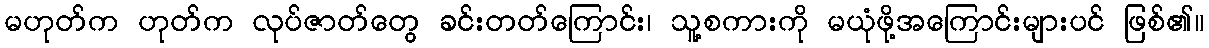
မဟုတ်က ဟုတ်က လုပ်ဇာတ်တွေ ခင်းတတ်ကြောင်း၊ သူ့စကားကို မယုံဖို့အကြောင်းများပင် ဖြစ်၏။